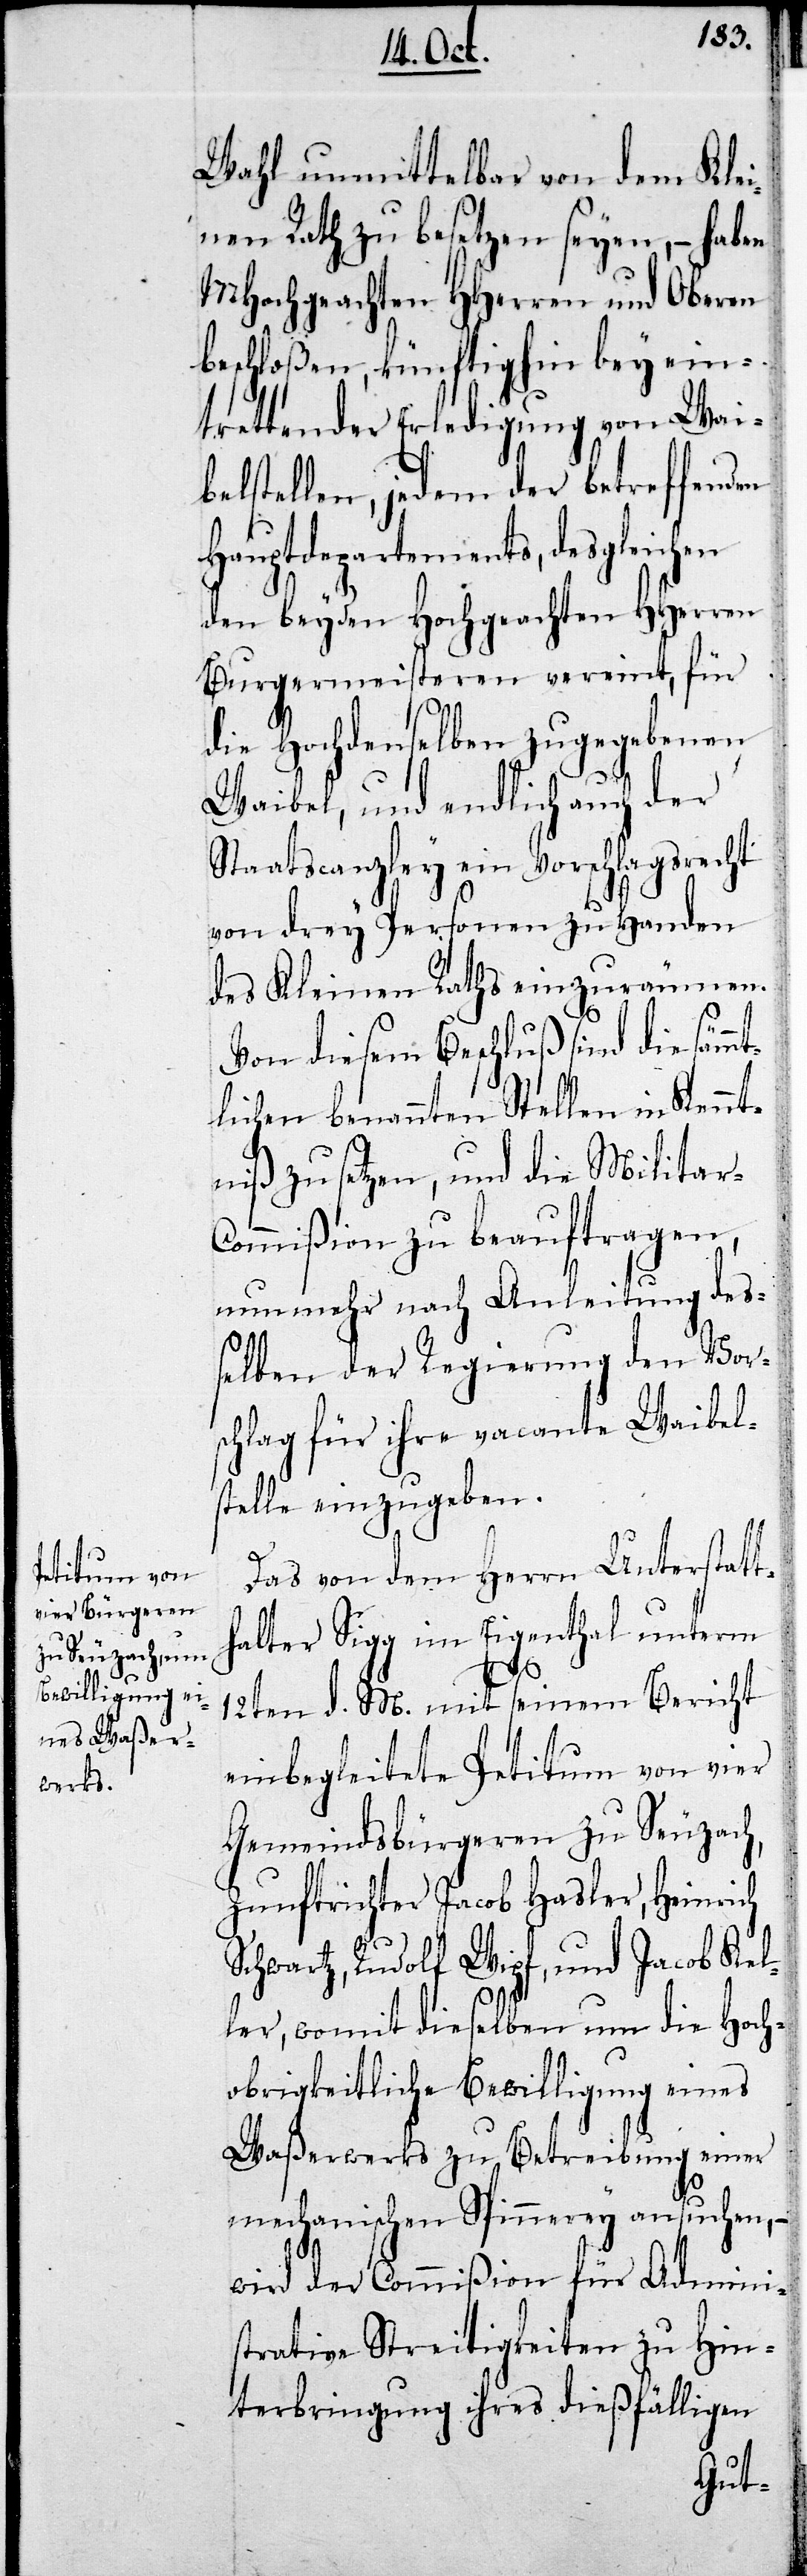
Wahl unmittelbar von dem Klei¬
nen Rath zu besetzen seyen, – haben
MHochgeachten HHerren und Oberen
beschloßen, künftighin bey ein¬
elben der Regierung den Vor¬
belstellen, jedem der betreffenden
Hauptdepartements, desgleichen
den beyden Hochgeachten HHerren
Bürgermeisteren vereint, für
die Hochdenselben zugegebenen
Waibel, und endlich auch der
Staatscanzley ein Vorschlagsrecht
von drey Personen zu Handen
des Kleinen Raths einzuräumen.
Von diesem Beschluß sind die sämm¬
tlichen benannten Stellen in Kennt¬
niß zu setzen, und die Militar-C¬
ommißion zu beauftragen,
nunmehr nach Anleitung deß¬
schlag für ihre vacante Waibel¬
stelle einzugeben.
Das von dem Herrn Unterstatt¬
halter Sigg im Eigenthal unterm
12ten d. M. mit seinem Bericht
einbegleitete Petitum von vier
Gemeindsbürgeren zu Seuzach,
Zunftrichter Jacob Hasler, Heinrich
Schwartz, Rudolf Wipf, und Jacob Kel¬
ler, womit dieselben um die Hoch¬
obrigkeitliche Bewilligung eines
Waßerwerks zu Betreibung einer
mechanischen Spinnerey ansuchen, –
wird der Commißion für Admini¬
strative Streitigkeiten zu Hin¬
terbringung ihres dießfälligen